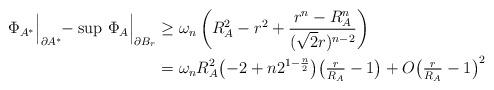
LaTeX: \begin{align*}\Phi_{A^*}\Big\vert_{\partial A^*} \!\! - \sup\,\Phi_{A}\Big\vert_{\partial B_r}&\ge\omega_n \left( R_A^2-r^2 + \frac{r^n-R_A^n}{(\sqrt2 r)^{n-2}}\right)\\&=\omega_n R_A^2 \bigl(-2+n2^{1-\frac n2}\bigr)\bigl(\tfrac{r}{R_A}-1\bigr)+ O\bigl(\tfrac{r}{R_A}-1\bigr)^2\end{align*}